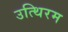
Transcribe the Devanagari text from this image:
उत्थिरम